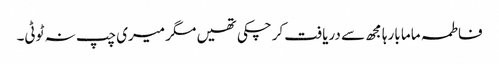
فاطمہ ماما بارہا مجھ سے دریافت کرچکی تھیں مگر میری چپ نہ ٹوٹی۔